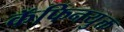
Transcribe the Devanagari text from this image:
कॅफिनयुक्त